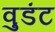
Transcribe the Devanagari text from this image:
वुडंट